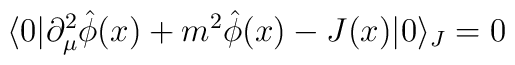
\langle 0|\partial^{2}_{\mu}\hat{\phi}(x)+m^{2}\hat{\phi}(x)-J(x)|0\rangle_{J}=0